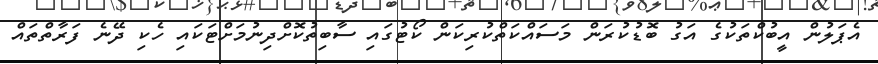
އެޕަލުން އީބުކްތަކުގެ އަގު ބޮޑުކުރަން މަސައްކަތްކުރިކަން ކޯޓުގައި ސާބިތުކޮށްދިނުމަށްޓަކައި ހެކި ދޭނެ ފަރާތްތައް